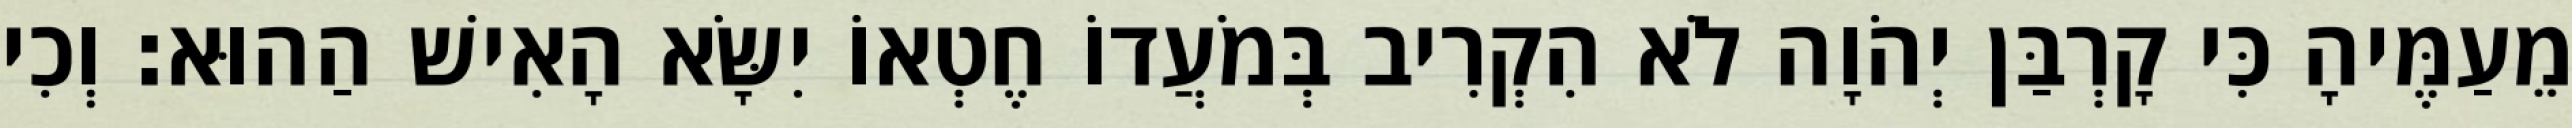
מֵעַמֶּיהָ כִּי קָרְבַּן יְהֹוָה לֹא הִקְרִיב בְּמֹעֲדוֹ חֶטְאוֹ יִשָּׂא הָאִישׁ הַהוּא׃ וְכִי